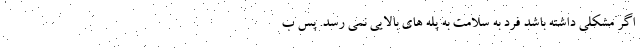
اگر مشکلی داشته باشد فرد به سلامت به پله های بالایی نمی رسد. پس ب